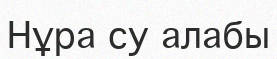
Нұра су алабы